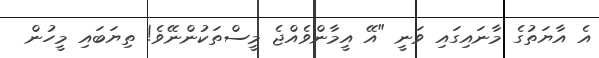
އެ އާޔަތުގެ މާނައިގައި ވަނީ "އޭ އީމާންވެއްޖެ މީސްތަކުންނޭވެ! ތިޔަބައި މީހުން